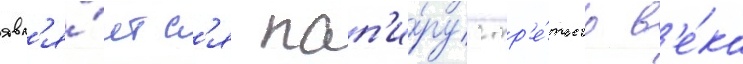
явл'я́етс'я пап'и́рус тр'е́тьего в'е́ка